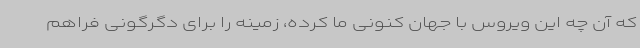
که آن چه این ویروس با جهان کنونی ما کرده، زمینه را برای دگرگونی فراهم